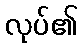
လုပ်၏